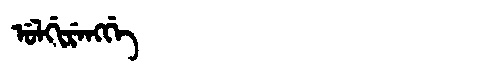
Manchu: ᡠᠯᡤᡳᡵᡝᠩᡤᡝ
Romanization: ULGIRENGGE